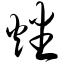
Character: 燔